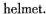
helmet.